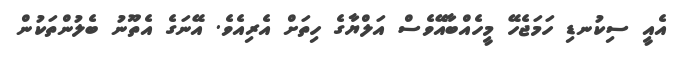
އެއީ ސިކުނޑި ހަމަޖެހޭ މީހެއްބާއޭވެސް އަލްޔާގެ ހިތަށް އެރިއެވެ. އޭނަގެ އެތޫނު ބެލުންތަކުން